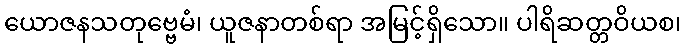
ယောဇနသတုဗ္ဗေမံ၊ ယူဇနာတစ်ရာ အမြင့်ရှိသော။ ပါရိဆတ္တဝိယစ၊